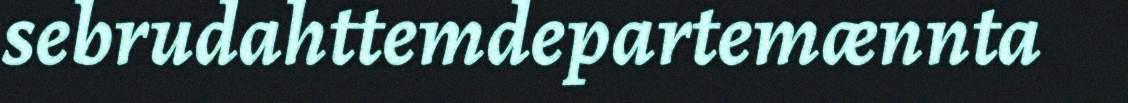
sebrudahttemdepartemænnta